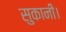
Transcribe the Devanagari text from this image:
सुकानीं।